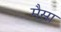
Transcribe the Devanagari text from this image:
मैसा